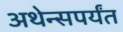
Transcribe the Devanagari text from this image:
अथेन्सपर्यंत